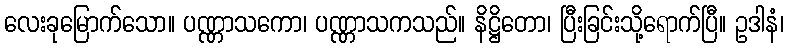
လေးခုမြောက်သော။ ပဏ္ဏာသကော၊ ပဏ္ဏာသကသည်။ နိဋ္ဌိတော၊ ပြီးခြင်းသို့ရောက်ပြီ။ ဥဒါနံ၊